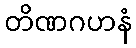
တိဏဂဟနံ